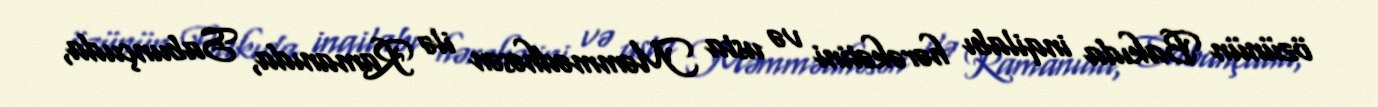
özünün Bakıda inqilabı hərəkətini və usta Məmmədhəsən ilə Ramanıda, Sabunçuda,